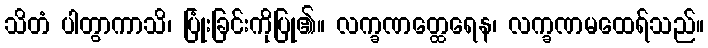
သိတံ ပါတွာကာသိ၊ ပြုံးခြင်းကိုပြု၏။ လက္ခဏတ္ထေရေန၊ လက္ခဏမထေရ်သည်။